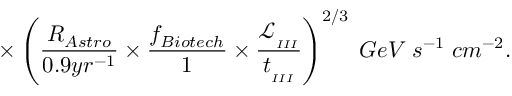
\times \left( \frac { R _ { A s t r o } } { 0 . 9 y r ^ { - 1 } } \times \frac { f _ { B i o t e c h } } { 1 } \times \frac { \mathcal { L } _ { _ { I I I } } } { t _ { _ { I I I } } } \right) ^ { 2 / 3 } \; G e V \; s ^ { - 1 } \; c m ^ { - 2 } .